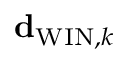
{ \bf d } _ { \mathrm { W I N } , k }